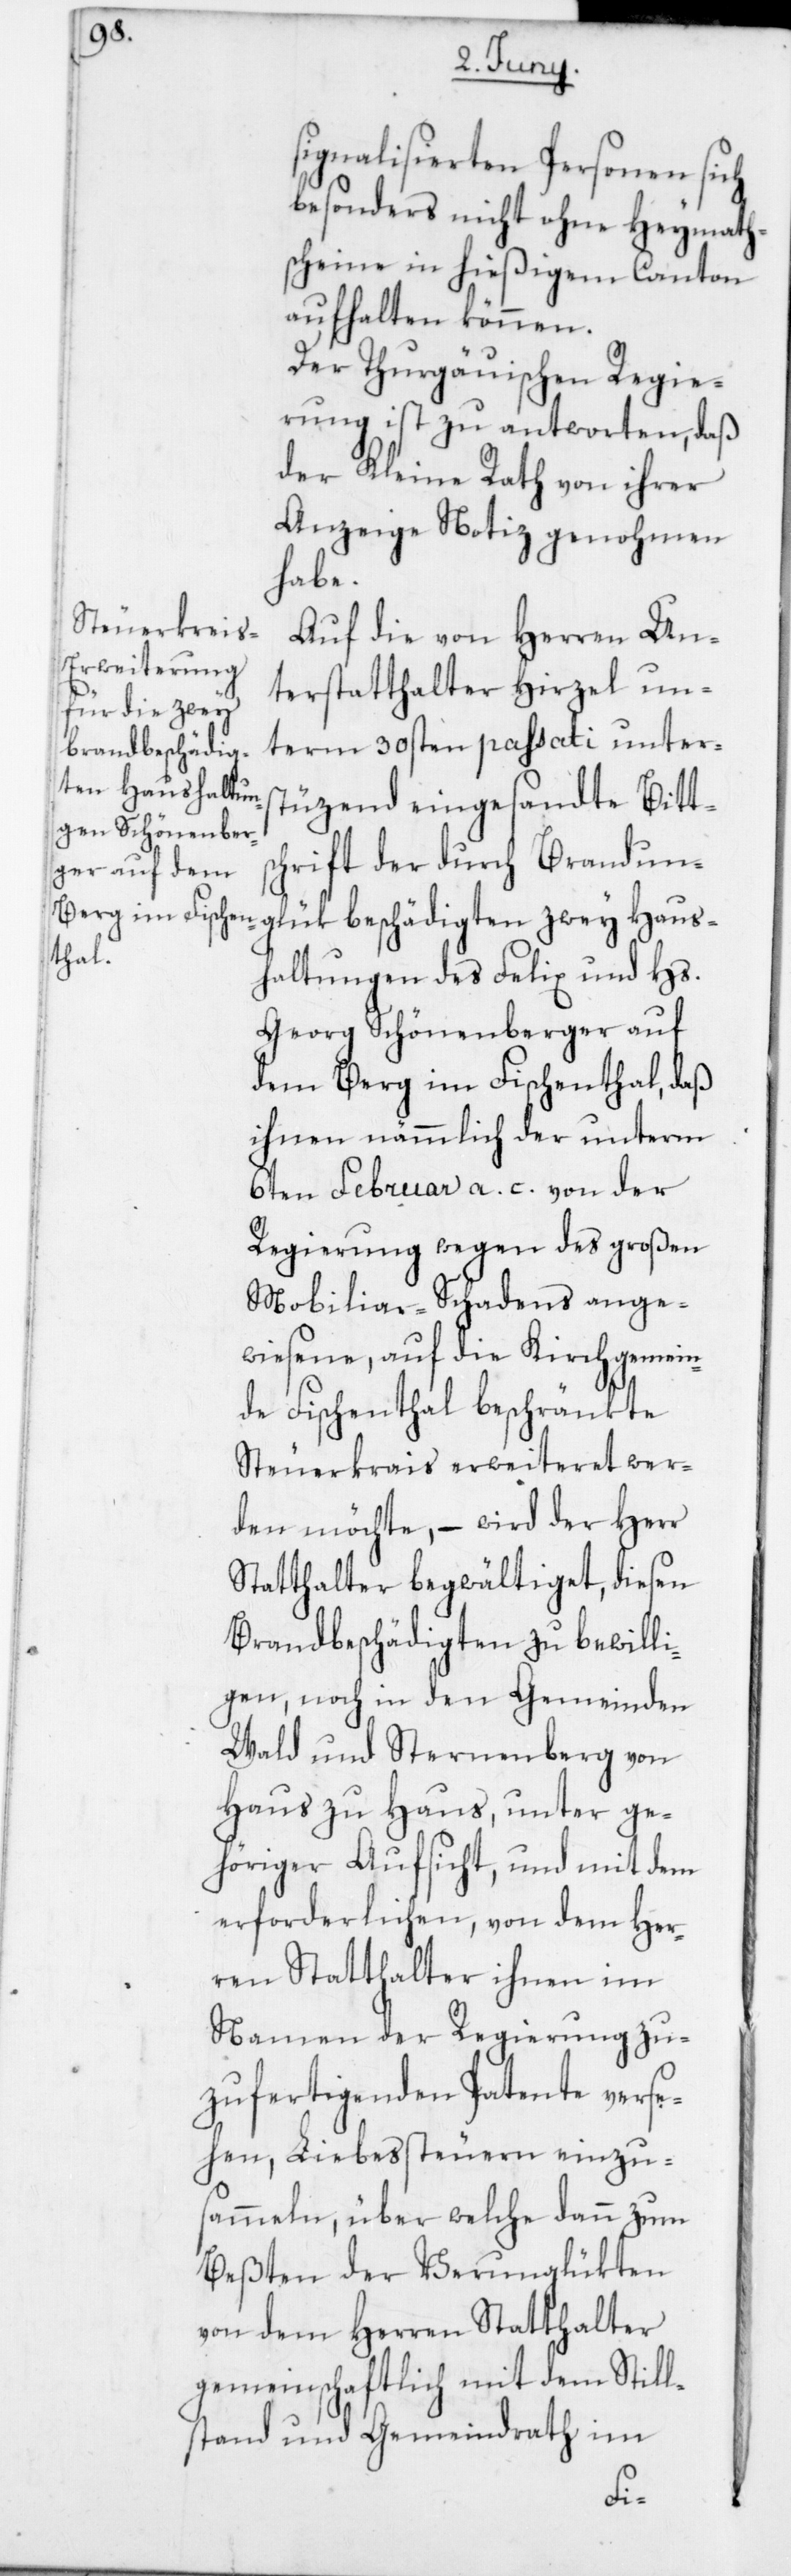
signalisierten Personen sich
besonders nicht ohne Heymath¬
scheine in hießigem Canton
aufhalten können.
Der Thurgauischen Regie¬
rung ist zu antworten, daß
der Kleine Rath von ihrer
Anzeige Notiz genohmen
habe.
Auf die von Herren Un¬
terstatthalter Hirzel un¬
term 30sten passati unters¬
tützend eingesandte Bitts¬
chrift der durch Brandung¬
Haus¬
haltungen des Felix und Hs.
Georg Schönenberger auf
dem Berg im Fischenthal, daß
ihnen nämmlich der unterm
6ten Februar a. c. von der
Regierung wegen des großen
Mobiliar-Schadens ange¬
wiesene, auf die Kirchgemein¬
de Fischenthal beschränkte
Steuerkrais erweiteret wer¬
den möchte, – wird der Herr
Statthalter begwältiget, diesen
Brandbeschädigten zu bewilli¬
gen, noch in den Gemeinden
Wald und Sternenberg von
Haus zu Haus, unter ge¬
höriger Aufsicht und mit dem
erforderlichen, von dem Her¬
ren Statthalter ihnen im
Namen der Regierung zu¬
zufertigenden Patente verse¬
hen, Liebessteuern einzu¬
sammeln, über welche dann zum
Beßten der Verunglükten
von dem Herren Statthalter
gemeinschaftlich mit dem Still¬
stand und Gemeindrath im
lük